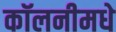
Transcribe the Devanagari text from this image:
कॉलनीमधे